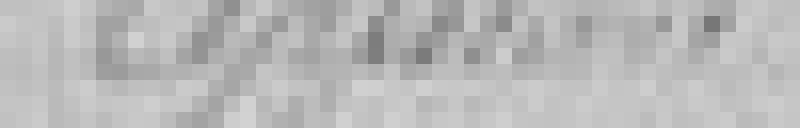
Approuvé